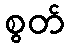
စွတ်